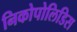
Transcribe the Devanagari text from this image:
निकोपोलिडिस